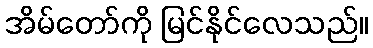
အိမ်တော်ကို မြင်နိုင်လေသည်။